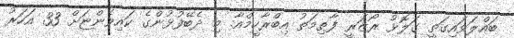
ބައްލަވައިގަތީ ގަލޮޅު ރޯޒަރީ ފާޠިމަތު އިބްރާހީމްއާ. މި ދެބޭފުޅުންގެ ކައިވެންޏަށް 33 އަހަރު